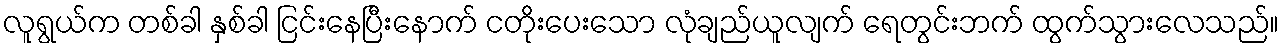
လူရွယ်က တစ်ခါ နှစ်ခါ ငြင်းနေပြီးနောက် ငတိုးပေးသော လုံချည်ယူလျက် ရေတွင်းဘက် ထွက်သွားလေသည်။